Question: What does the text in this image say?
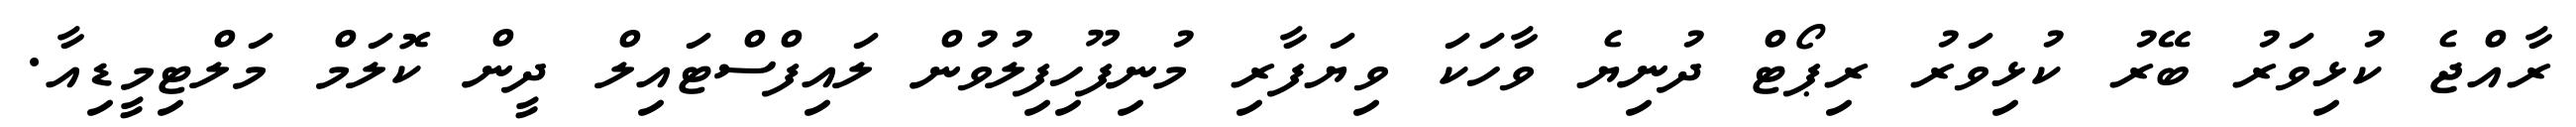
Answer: ރާއްޖެ ކުޅިވަރު ބޭރު ކުޅިވަރު ރިޕޯޓް ދުނިޔެ ވާހަކަ ވިޔަފާރި މުނިފޫހިފިލުވުން ލައިފްސްޓައިލް ދީން ކޮލަމް މަލްޓިމީޑިއާ.